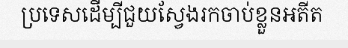
ប្រទេសដើម្បីជួយស្វែងរកចាប់ខ្លួនអតីត